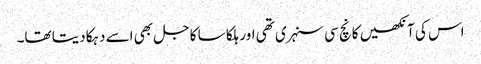
اس کی آنکھیں کانچ سی سنہری تھی اور ہلکا سا کاجل بھی اسے دہکا دیتا تھا۔